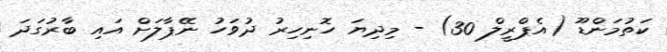
ކަތުމަންޑޫ (އެޕްރީލް 30) - މިދިޔަ ހޮނިހިރު ދުވަހު ނޭޕާލަށް އައި ބާރުގަދަ